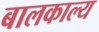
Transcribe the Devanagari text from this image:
बालकाल्य